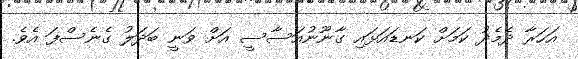
އަހަރާ ދެމެދު ކަމަށް ކަނޑައަޅައި ގާނޫނުއަސާސީ އަށް ވަނީ ބަދަލު ގެނެސްފަ އެވެ.